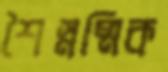
শৈস্নষ্মিক